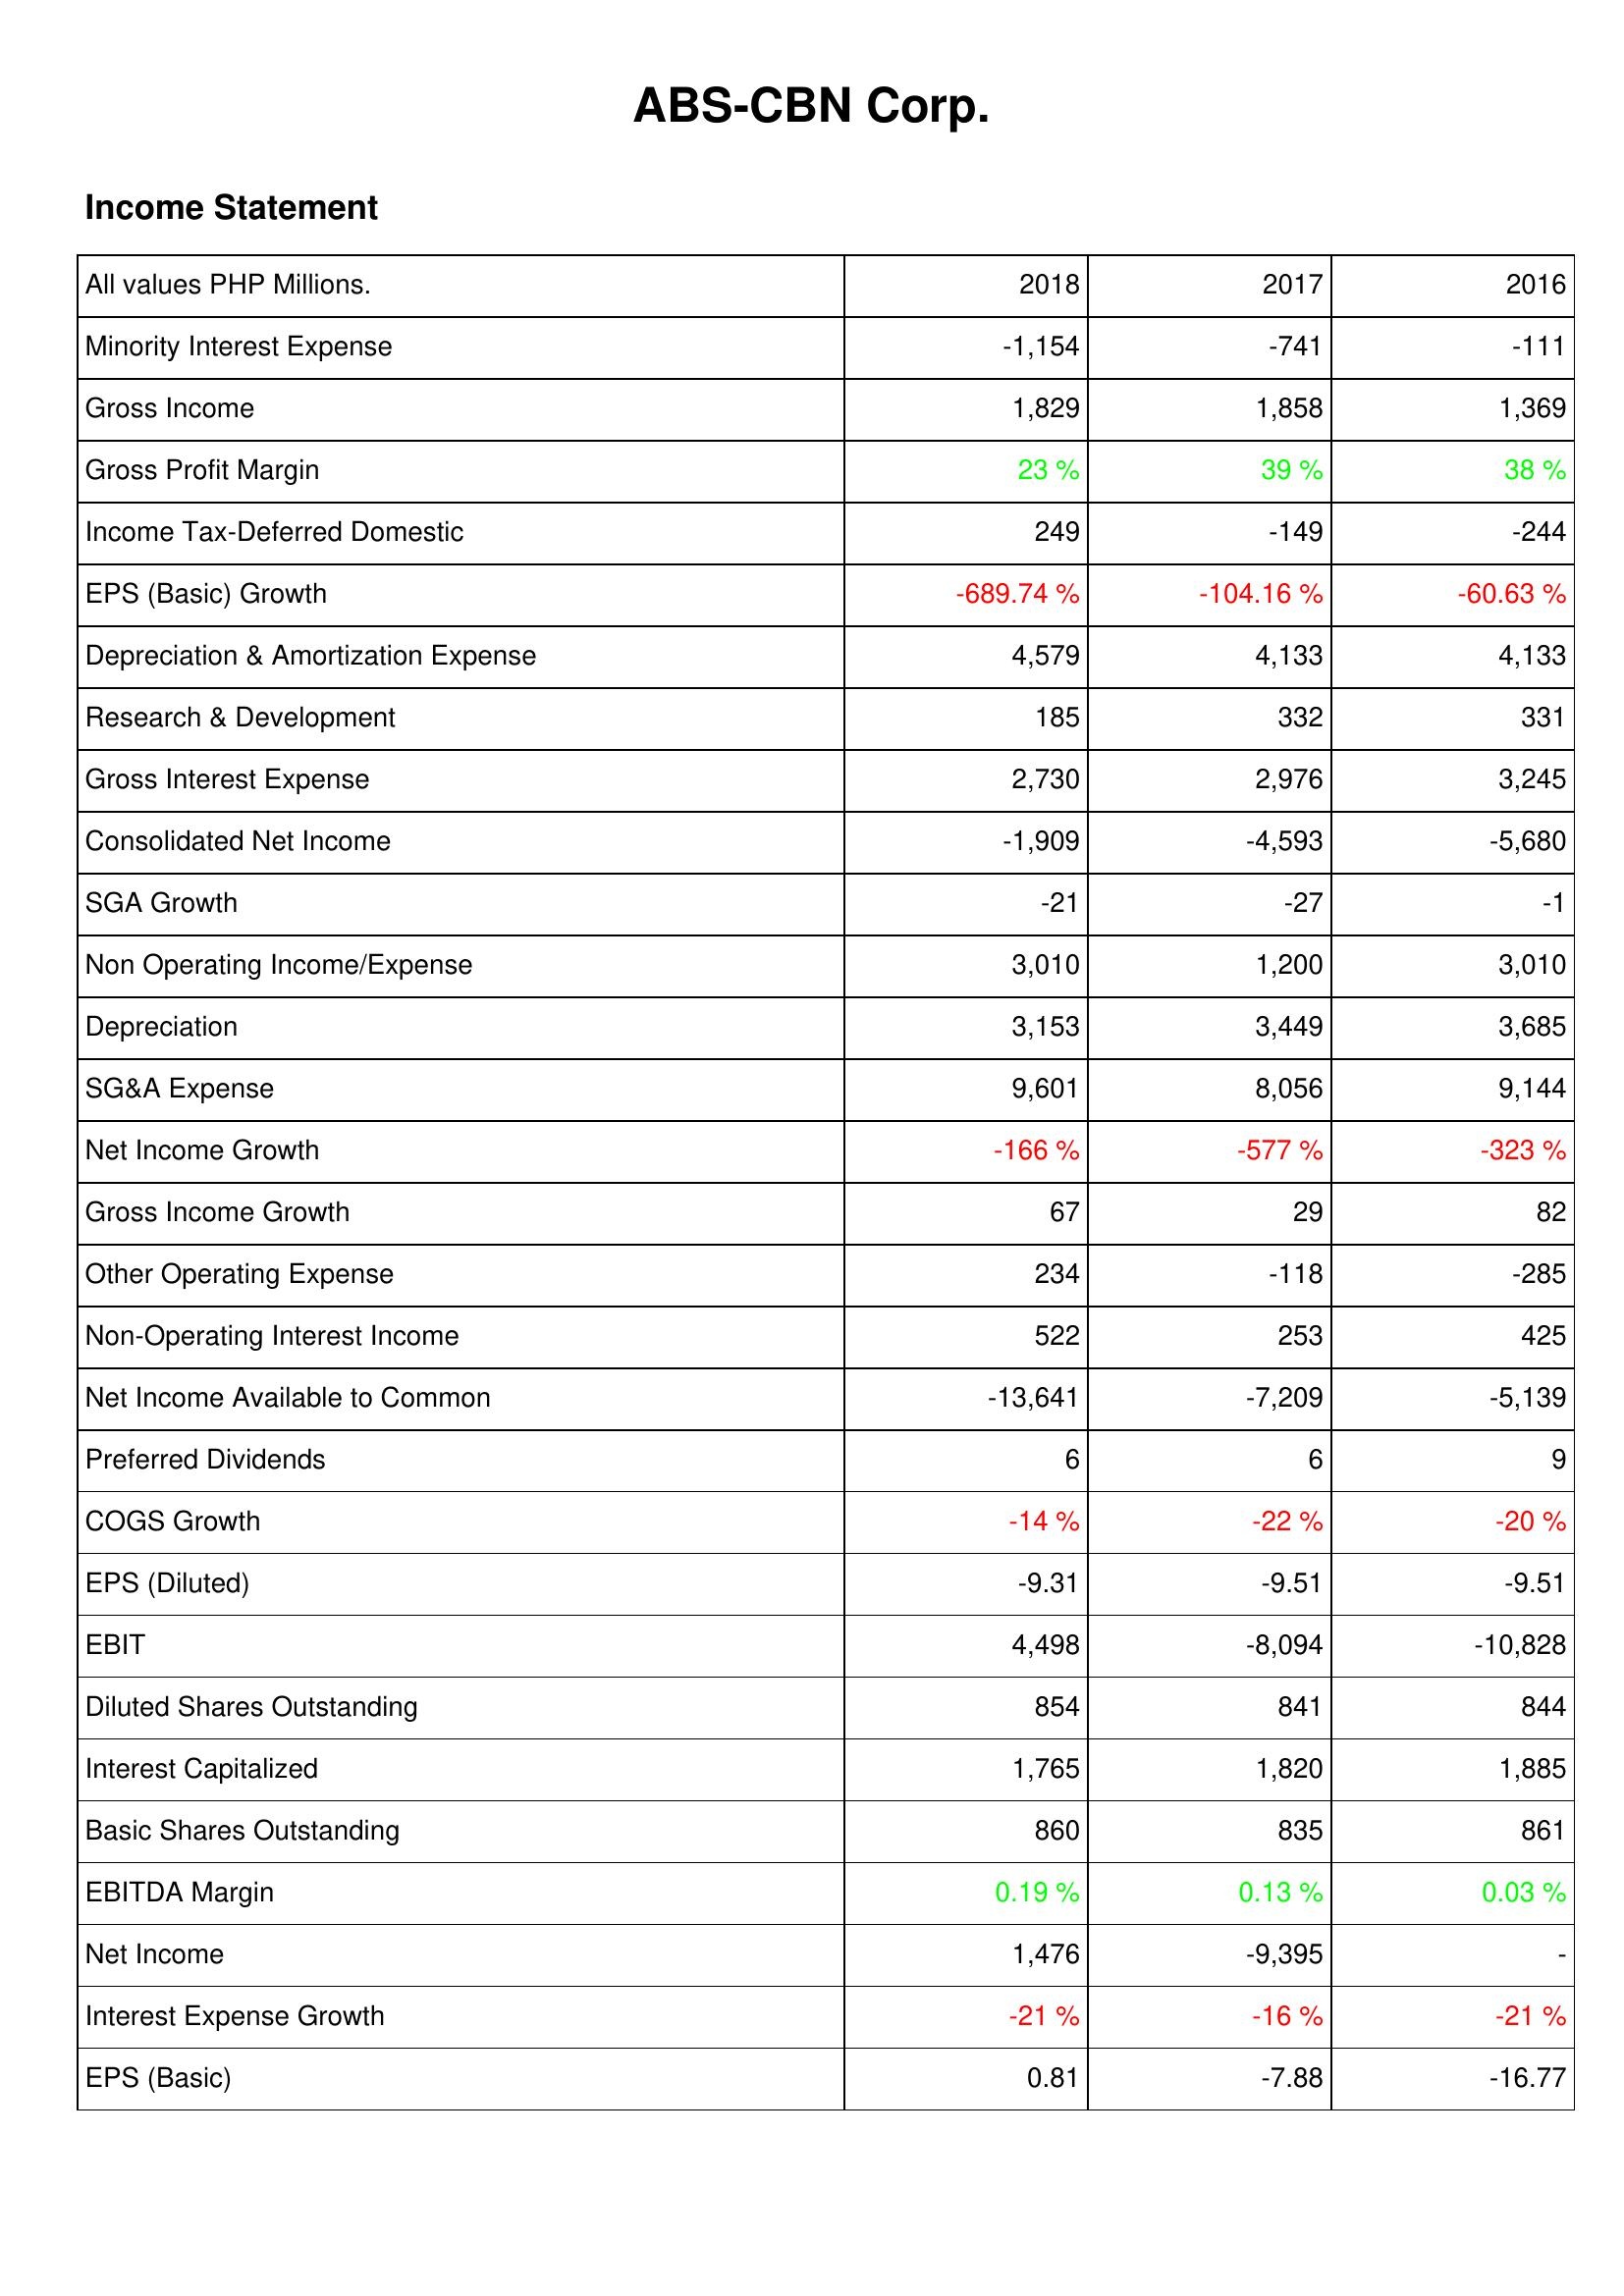
2018: Income Statement: Minority Interest Expense: -1,154
Gross Income: 1,829
Gross Profit Margin: 23 %
Income Tax-Deferred Domestic: 249
EPS (Basic) Growth: -689.74 %
Depreciation & Amortization Expense: 4,579
Research & Development: 185
Gross Interest Expense: 2,730
Consolidated Net Income: -1,909
SGA Growth: -21
Non Operating Income/Expense: 3,010
Depreciation: 3,153
SG&A Expense: 9,601
Net Income Growth: -166 %
Gross Income Growth: 67
Other Operating Expense: 234
Non-Operating Interest Income: 522
Net Income Available to Common: -13,641
Preferred Dividends: 6
COGS Growth: -14 %
EPS (Diluted): -9.31
EBIT: 4,498
Diluted Shares Outstanding: 854
Interest Capitalized: 1,765
Basic Shares Outstanding: 860
EBITDA Margin: 0.19 %
Net Income: 1,476
Interest Expense Growth: -21 %
EPS (Basic): 0.81
2017: Income Statement: Minority Interest Expense: -741
Gross Income: 1,858
Gross Profit Margin: 39 %
Income Tax-Deferred Domestic: -149
EPS (Basic) Growth: -104.16 %
Depreciation & Amortization Expense: 4,133
Research & Development: 332
Gross Interest Expense: 2,976
Consolidated Net Income: -4,593
SGA Growth: -27
Non Operating Income/Expense: 1,200
Depreciation: 3,449
SG&A Expense: 8,056
Net Income Growth: -577 %
Gross Income Growth: 29
Other Operating Expense: -118
Non-Operating Interest Income: 253
Net Income Available to Common: -7,209
Preferred Dividends: 6
COGS Growth: -22 %
EPS (Diluted): -9.51
EBIT: -8,094
Diluted Shares Outstanding: 841
Interest Capitalized: 1,820
Basic Shares Outstanding: 835
EBITDA Margin: 0.13 %
Net Income: -9,395
Interest Expense Growth: -16 %
EPS (Basic): -7.88
2016: Income Statement: Minority Interest Expense: -111
Gross Income: 1,369
Gross Profit Margin: 38 %
Income Tax-Deferred Domestic: -244
EPS (Basic) Growth: -60.63 %
Depreciation & Amortization Expense: 4,133
Research & Development: 331
Gross Interest Expense: 3,245
Consolidated Net Income: -5,680
SGA Growth: -1
Non Operating Income/Expense: 3,010
Depreciation: 3,685
SG&A Expense: 9,144
Net Income Growth: -323 %
Gross Income Growth: 82
Other Operating Expense: -285
Non-Operating Interest Income: 425
Net Income Available to Common: -5,139
Preferred Dividends: 9
COGS Growth: -20 %
EPS (Diluted): -9.51
EBIT: -10,828
Diluted Shares Outstanding: 844
Interest Capitalized: 1,885
Basic Shares Outstanding: 861
EBITDA Margin: 0.03 %
Net Income: -
Interest Expense Growth: -21 %
EPS (Basic): -16.77